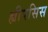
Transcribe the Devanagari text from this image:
ह्यीपसिस